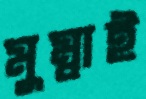
মুম্বাই